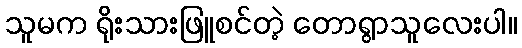
သူမက ရိုးသားဖြူစင်တဲ့ တောရွာသူလေးပါ။